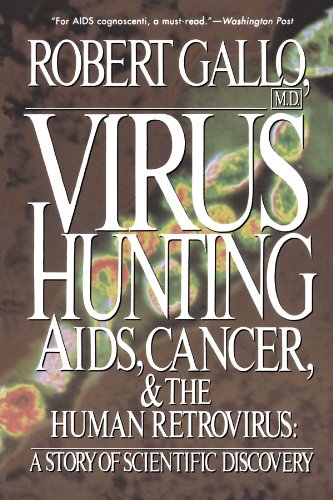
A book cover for Virus Hunting: Aids, Cancer, And The Human Retrovirus: A Story Of Scientific Discovery; Robert C. Gallo; Medical Books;